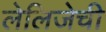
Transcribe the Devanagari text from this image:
लेलिजेची